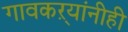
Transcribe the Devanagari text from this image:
गावकऱ्यांनीही